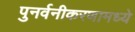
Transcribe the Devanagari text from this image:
पुनर्वनीकरणामध्ये